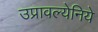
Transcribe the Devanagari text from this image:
उप्रावल्येनिये